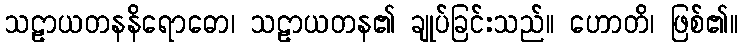
သဠာယတနနိရောဓော၊ သဠာယတန၏ ချုပ်ခြင်းသည်။ ဟောတိ၊ ဖြစ်၏။